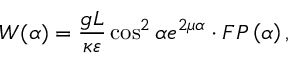
W ( \alpha ) = \frac { g L } { \kappa \varepsilon } \cos ^ { 2 } \alpha e ^ { 2 \mu \alpha } \cdot F P \left( \alpha \right) ,